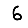
Digit: 6